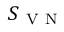
S _ { \mathrm { ~ V ~ N ~ } }